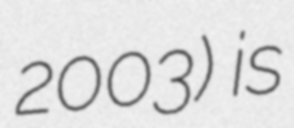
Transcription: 2003) is